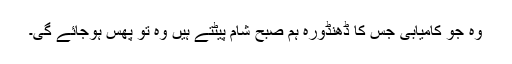
وہ جو کامیابی جس کا ڈھنڈورہ ہم صبح شام پیٹتے ہیں وہ تو پُھس ہوجائے گی۔